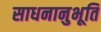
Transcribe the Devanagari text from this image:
साधनानुभूति